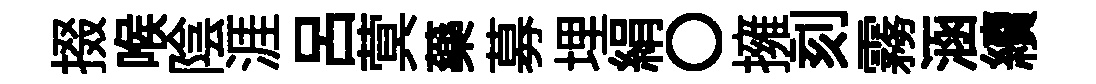
掇喉陰涯吕蓂藥募埋絹〇擁刻霧涵續